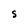
Character: S